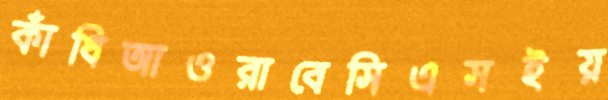
কাঁধিআওরাবেসিএসইয়